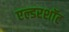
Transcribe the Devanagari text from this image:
एल्डरशॉट